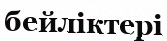
бейліктері